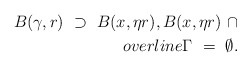
\begin{align*}B(\gamma,r) \ \supset \ B(x,\eta r), B(x,\eta r) \ \cap \\overline{\Gamma} \ = \ \emptyset.\end{align*}